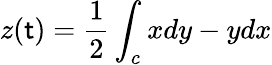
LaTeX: z(\mathsf{t})={\frac{{1}}{{2}}}\int_{c}xdy-ydx